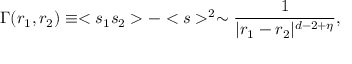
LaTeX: \Gamma ( r _ { 1 } , r _ { 2 } ) \equiv < s _ { 1 } s _ { 2 } > - < s > ^ { 2 } \sim { \frac { 1 } { | r _ { 1 } - r _ { 2 } | ^ { d - 2 + \eta } } } ,